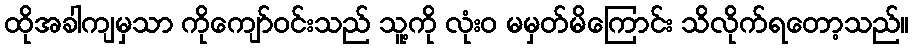
ထိုအခါကျမှသာ ကိုကျော်ဝင်းသည် သူ့ကို လုံးဝ မမှတ်မိကြောင်း သိလိုက်ရတော့သည်။